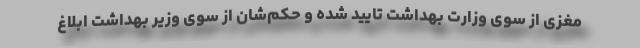
مغزی از سوی وزارت بهداشت تایید شده و حکم‌شان از سوی وزیر بهداشت ابلاغ